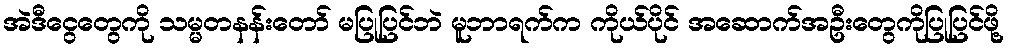
အဲဒီငွေတွေကို သမ္မတနန်းတော် မပြုပြင်ဘဲ မူဘာရက်က ကိုယ်ပိုင် အဆောက်အဦးတွေကိုပြုပြင်ဖို့